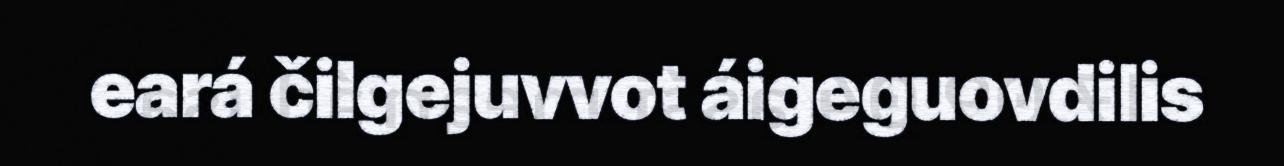
eará čilgejuvvot áigeguovdilis